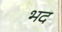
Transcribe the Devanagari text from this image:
भद